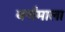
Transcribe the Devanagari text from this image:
वर्णंमाला